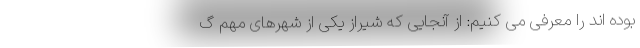
بوده اند را معرفی می کنیم: از آنجایی که شیراز یکی از شهرهای مهم گ